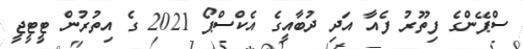
ސްޕޭންގެ ފިތޫރު ފެއާ އަދި ދުބާއީގެ އެކްސްޕޯ 2021 ގެ އިތުރުން ޓީޓީޖީ